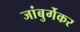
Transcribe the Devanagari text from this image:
जांबुर्गेकर